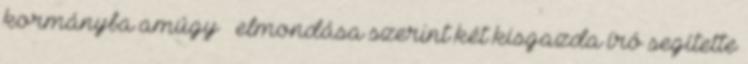
kormányba amúgy – elmondása szerint két kisgazda író segí­tet­te